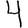
Digit: 4